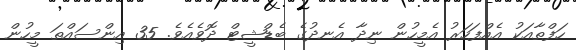
ހަފްތާއަކު އެއްފަހަރު އެމީހުން ނިދާ އެނދުގެ ބެޑްޝީޓް ދޮވެއެވެ. 35 އިންސައްތަ މީހުން